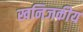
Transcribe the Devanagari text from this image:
खनिजकीय